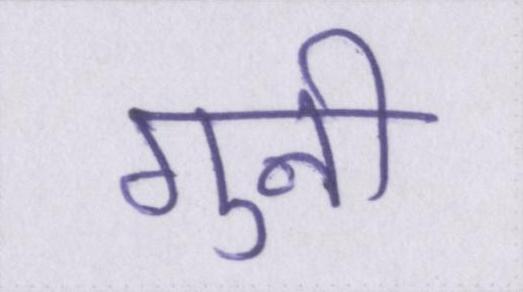
गुनी